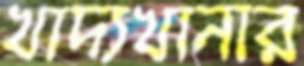
খাদ্যখানার